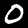
Label: 0